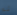
ثم